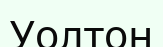
Уолтон